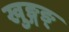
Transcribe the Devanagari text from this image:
खुङ्गङ्